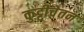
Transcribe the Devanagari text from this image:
कुट्टीचेतन